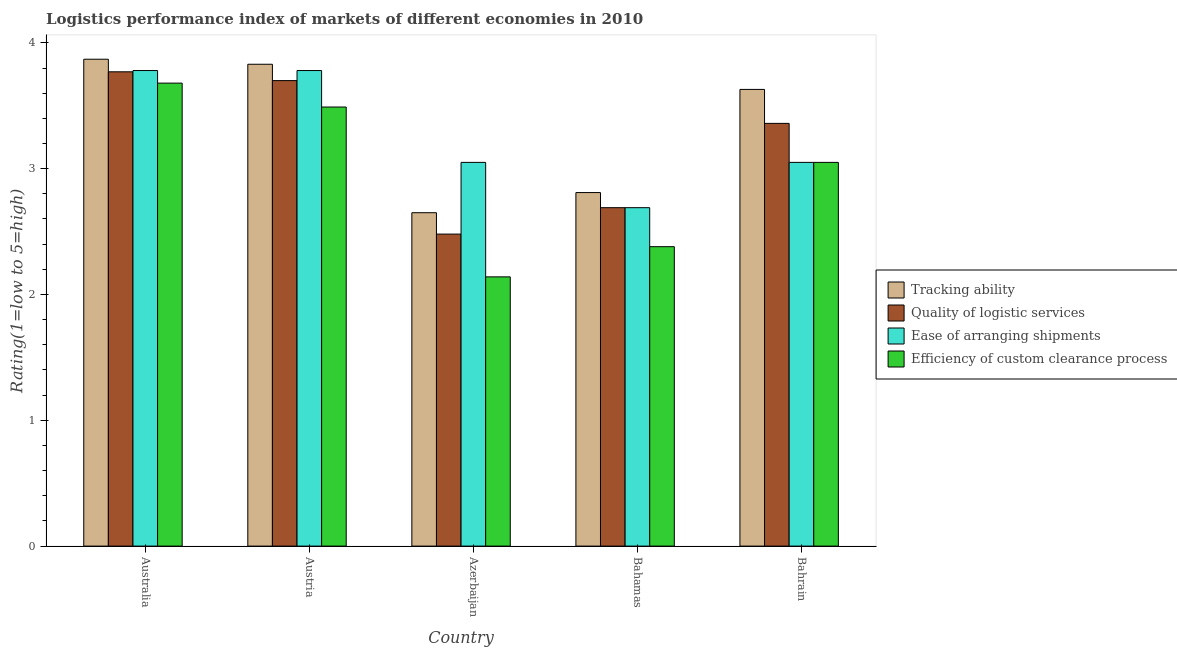
| Country | Tracking ability | Quality of logistic services | Ease of arranging shipments | Efficiency of custom clearance process |
 | --- | --- | --- | --- | --- |
 | Australia | 3.87 | 3.77 | 3.78 | 3.68 |
 | Austria | 3.83 | 3.7 | 3.78 | 3.49 |
 | Azerbaijan | 2.65 | 2.48 | 3.05 | 2.14 |
 | Bahamas | 2.81 | 2.69 | 2.69 | 2.38 |
 | Bahrain | 3.63 | 3.36 | 3.05 | 3.05 |